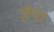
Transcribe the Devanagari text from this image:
ज़ैपा